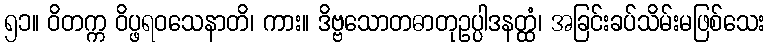
၅၁။ ဝိတက္က ဝိပ္ဖရဝသေနာတိ၊ ကား။ ဒိဗ္ဗသောတဓာတုဥပ္ပါဒနတ္ထံ၊ အခြင်းခပ်သိမ်းမဖြစ်သေး